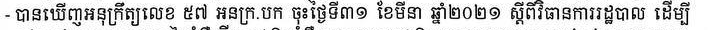
- បានឃើញអនុក្រឹត្យលេខ ៥៧ អនក្រ.បក ចុះថ្ងៃទី៣១ ខែមីនា ឆ្នាំ២០២១ ស្ដីពីវិធានការរដ្ឋបាល ដើម្បី